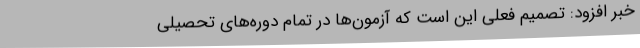
خبر افزود: تصمیم فعلی این است که آزمون‌ها در تمام دوره‌های تحصیلی